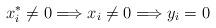
LaTeX: \begin{align*}x_i^* \neq 0 \Longrightarrow x_i \neq 0 \Longrightarrow y_i = 0\end{align*}